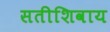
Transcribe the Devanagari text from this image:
सतीशिवाय